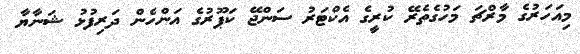
މިއަހަރުގެ މާރްޗަ މަހުގެތެރޭ ކުރީގެ އެކްޓަރު ސަންޖޭ ކަޕޫރުގެ އަންހެން ދަރިފުޅު ޝަނާޔާ